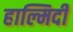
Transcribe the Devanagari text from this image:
हाल्मिदी